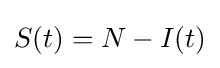
S(t)=N-I(t)